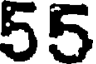
55